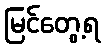
မြင်တွေ့ရ